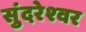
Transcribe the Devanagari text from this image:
सुंदरेश्‍वर